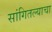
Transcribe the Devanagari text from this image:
सांगितल्याचा